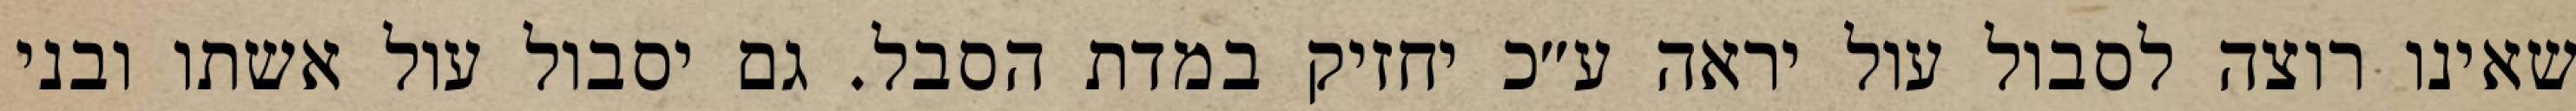
שאינו רוצה לסבול עול יראה ע״כ יחזיק במדת הסבל. גם יסבול עול אשתו ובני